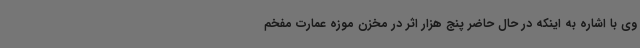
وی با اشاره به اینکه در حال حاضر پنج هزار اثر در مخزن موزه عمارت مفخم